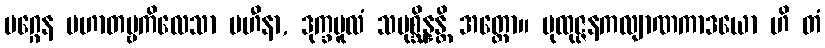
မဂ္ဂေန ပဟာတဗ္ဗကိလေသာ ပဟီနာ, ဒုက္ခမူလံ သမုစ္ဆိန္နန္တိ အတ္ထော။ ပုထုဇ္ဇနကလျာဏကာဒယော ဟိ တံ